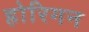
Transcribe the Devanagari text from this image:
होरिगन